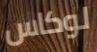
لوكاس